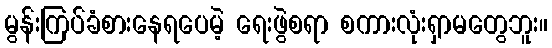
မွန်းကြပ်ခံစားနေရပေမဲ့ ရေးဖွဲစရာ စကားလုံးရှာမတွေဘူး။